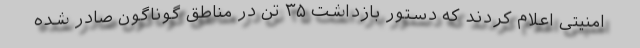
امنیتی اعلام کردند که دستور بازداشت ۳۵ تن در مناطق گوناگون صادر شده